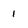
Character: 1